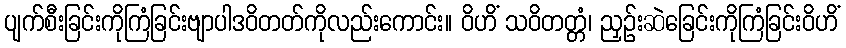
ပျက်စီးခြင်းကိုကြံခြင်းဗျာပါဒဝိတတ်ကိုလည်းကောင်း။ ဝိဟိံ သဝိတတ္တံ၊ ညှဉ်းဆဲခြေင်းကိုကြံခြင်းဝိဟိံ